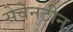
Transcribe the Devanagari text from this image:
सेवेनटीन